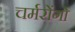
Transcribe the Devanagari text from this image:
चर्मरोंगो